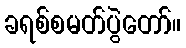
ခရစ်စမတ်ပွဲတော်။